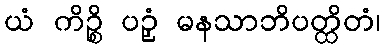
ယံ ကိဉ္စိ ပဉှံ မနသာဘိပတ္ထိတံ၊